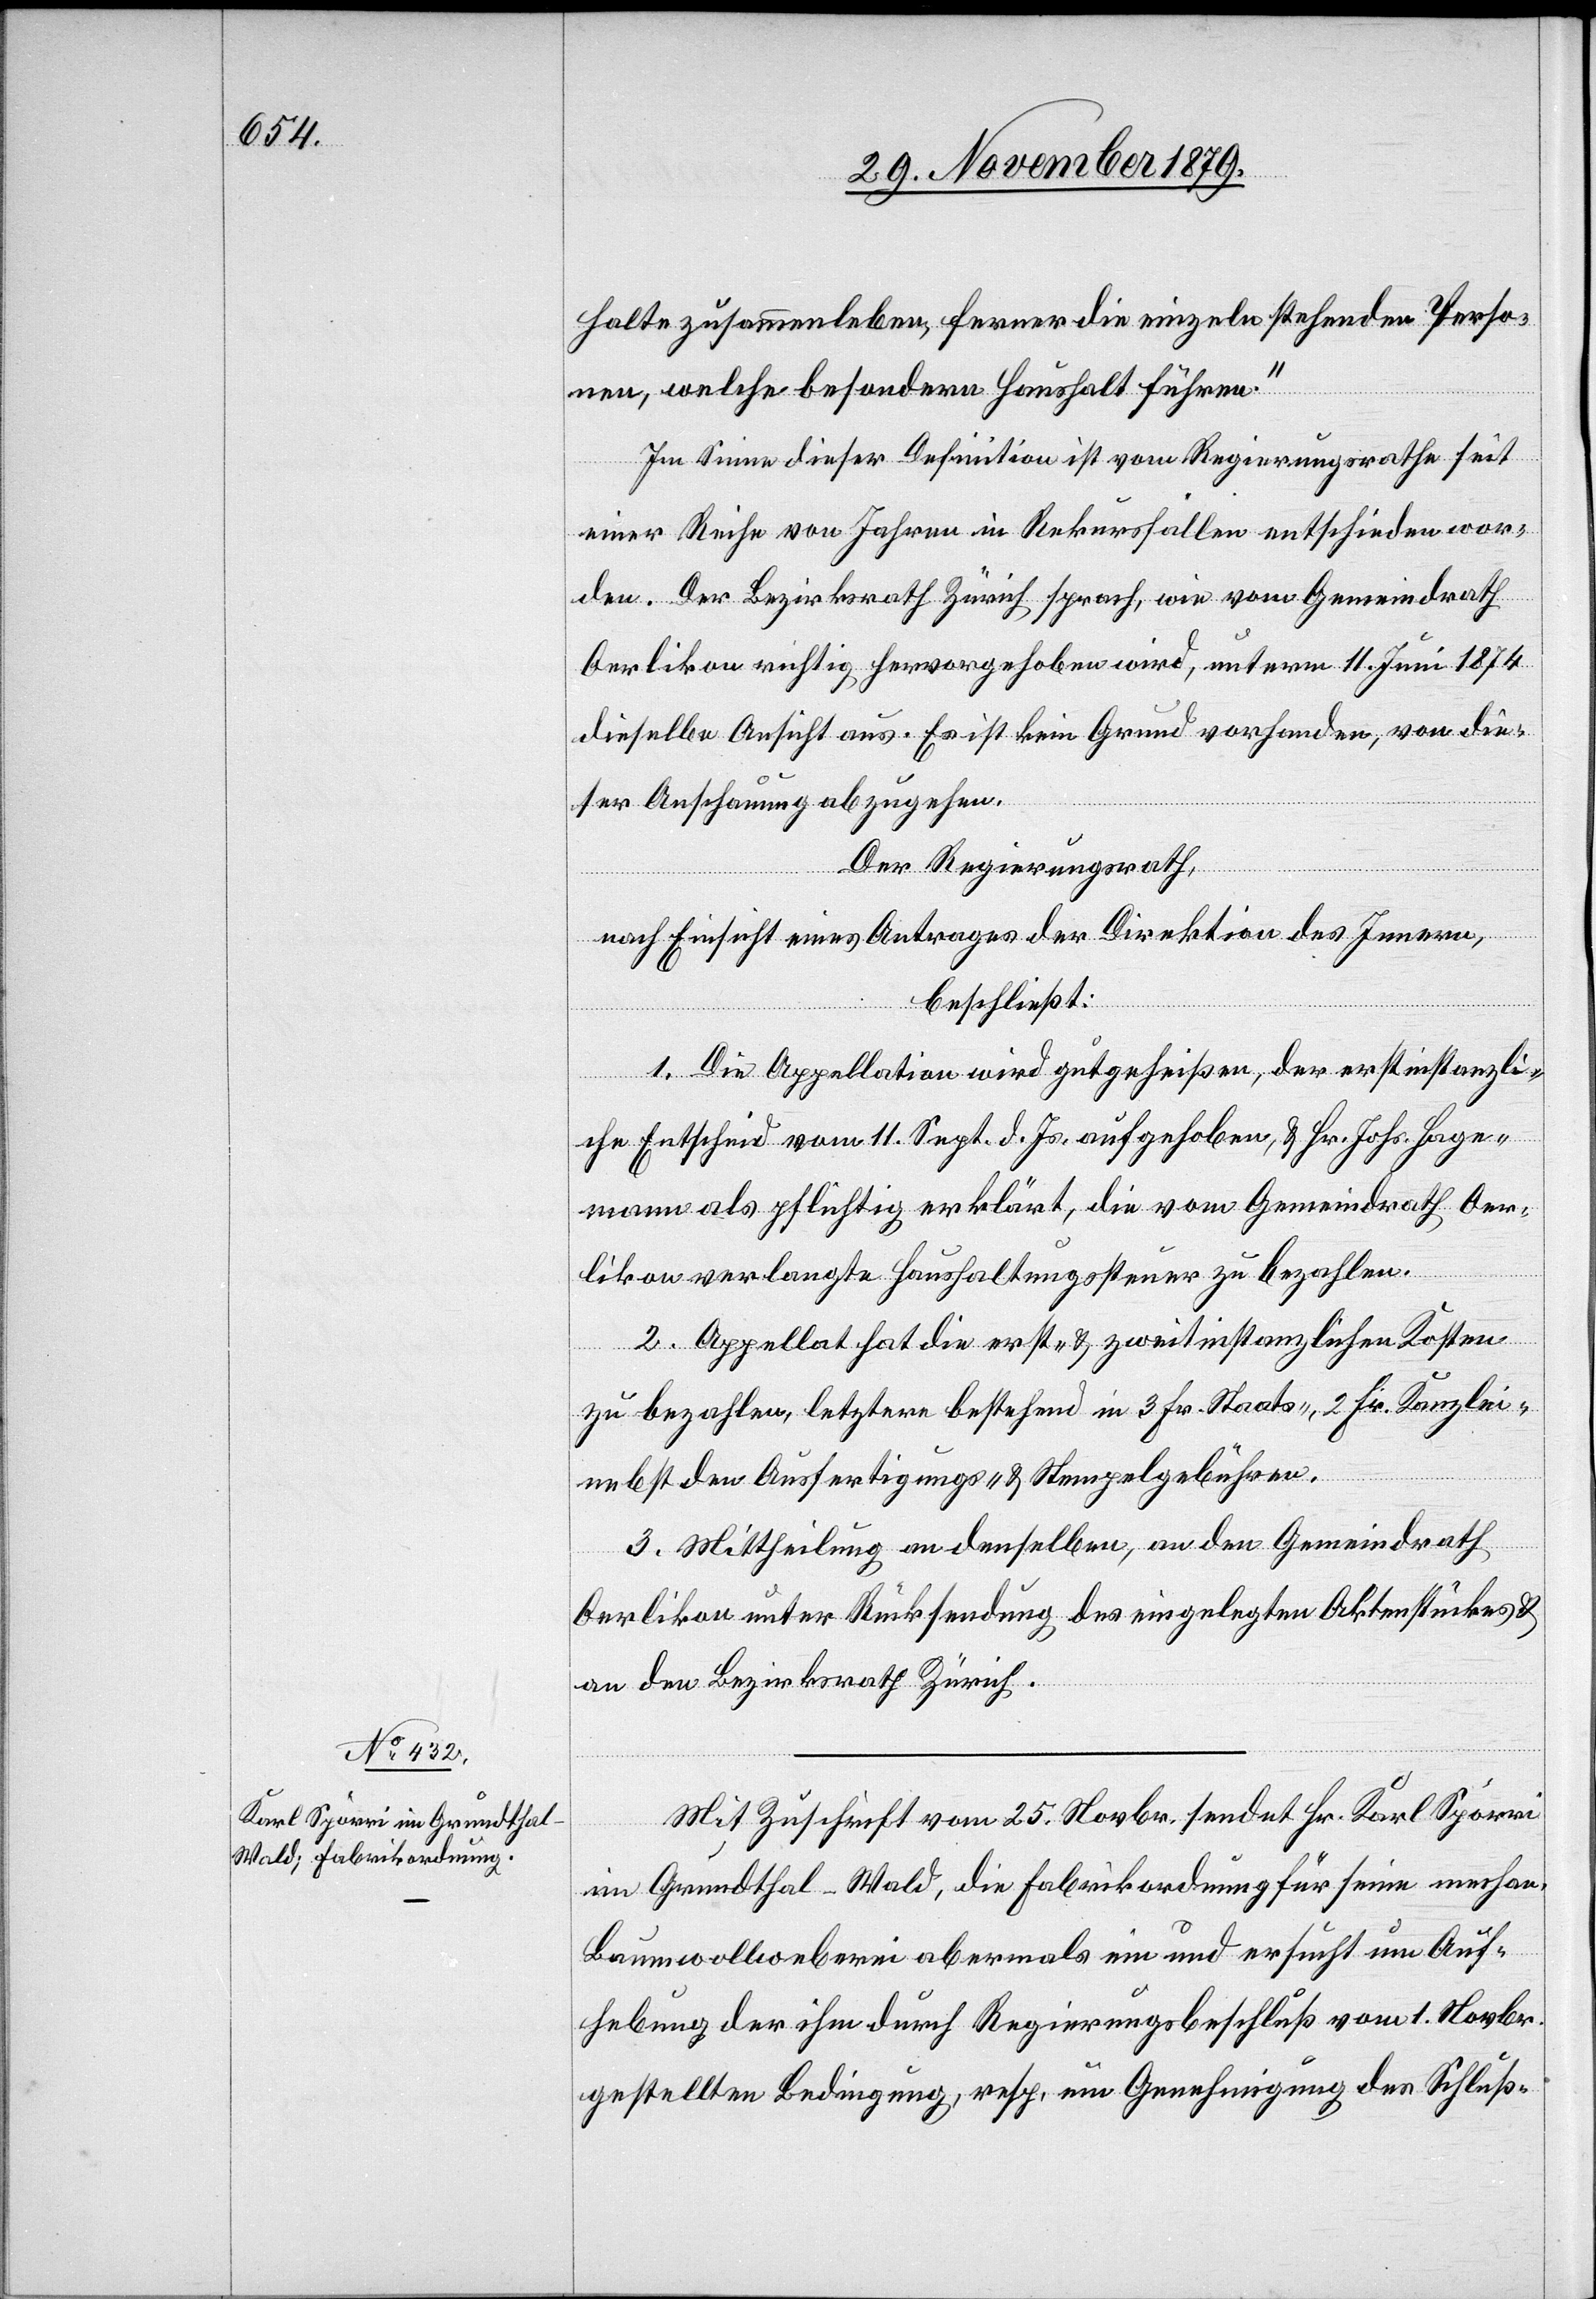
halte zusammenleben, ferner die einzeln stehenden Perso¬
nen, welche besondern Haushalt führen.“
Im Sinne dieser Definition ist vom Regierungsrathe seit
einer Reihe von Jahren in Rekursfällen entschieden wor¬
den. Der Bezirksrath Zürich sprach, wie vom Gemeindrath
Oerlikon richtig hervorgehoben wird, unterm 11. Juni 1874
dieselbe Ansicht aus. Es ist kein Grund vorhanden, von die¬
ser Anschauung abzugehen.
Der Regierungsrath,
nach Einsicht eines Antrages der Direktion des Innern,
beschließt:
1. Die Appellation wird gutgeheißen, der erstinstanzli¬
che Entscheid vom 11. Sept. d. Js. aufgehoben, & Hr. Joh. Hage¬
mann als pflichtig erklärt, die vom Gemeindrath Oer¬
likon verlangte Haushaltungssteuer zu bezahlen.
2. Appellant hat die erst- & zweitinstanzlichen Kosten
zu bezahlen, letztere bestehend in 3 Fr. Staats-, 2 Fr. Kanzlei-
nebst den Ausfertigungs- & Stempelgebühren.
3. Mittheilung an denselben, an den Gemeindrath
Oerlikon unter Rücksendung des eingelegten Aktenstückes &
an den Bezirksrath Zürich.
Mit Zuschrift vom 25. Oktober sendet Hr. Karl Spörri
im Grundthal - Wald, die Fabrikordnung für seine mechan.
Baumwollweberei abermals ein und ersucht um Auf¬
hebung der ihm durch Regierungsbeschluß vom 1 Novbr.
gestellten Bedingung, resp. um Genehmigung des Schluß-